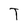
Character: T